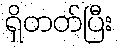
ရှိတတ်ပြီး